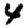
Digit: 4